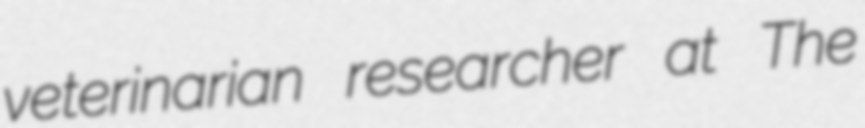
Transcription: veterinarian researcher at The